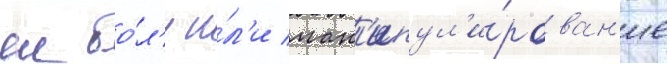
еи бо́л'и и́л'и ман'ипул'и́рован'ие